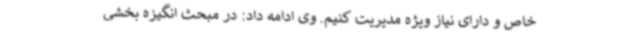
خاص و دارای نیاز ویژه مدیریت کنیم. وی ادامه داد: در مبحث انگیزه بخشی